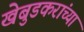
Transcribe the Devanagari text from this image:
खेबुडकरांच्या